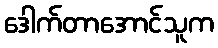
ဒေါက်တာအောင်သူက